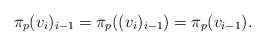
LaTeX: \begin{align*}\pi_{p}(v_{i})_{i-1}=\pi_{p}((v_{i})_{i-1})=\pi_{p}(v_{i-1}).\end{align*}